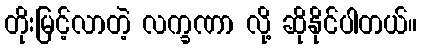
တိုးမြင့်လာတဲ့ လက္ခဏာ လို့ ဆိုနိုင်ပါတယ်။